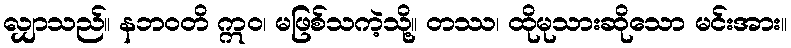
လျှာသည်။ နဘဝတိ ဣဝ၊ မဖြစ်သကဲ့သို့။ တဿ၊ ထိုမုသားဆိုသော မင်းအား။